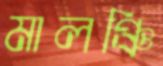
মালঞ্চি